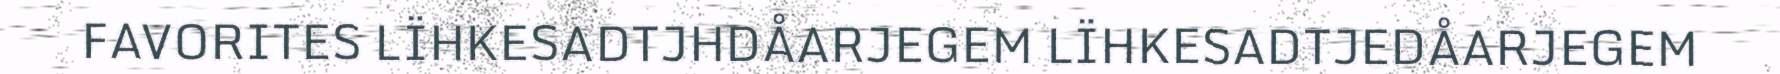
FAVORITES LÏHKESADTJHDÅARJEGEM LÏHKESADTJEDÅARJEGEM